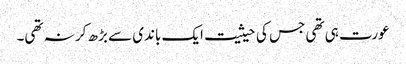
عورت ہی تھی جس کی حیثیت ایک باندی سے بڑھ کر نہ تھی۔